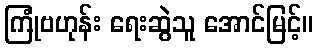
ကြုံဗဟုန်း ရေးဆွဲသူ အောင်မြင့်။